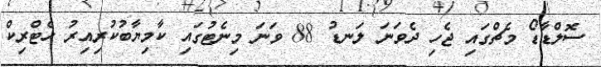
ސޮލްޑާޑޯ މެޗްގައި ޖެހި ދެވަނަ ލަނޑު 88 ވަނަ މިނެޓުގައި ކާމިޔާބުކުރިއިރު ހެޓްރިކް